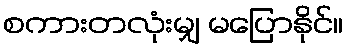
စကားတလုံးမျှ မပြောနိုင်။